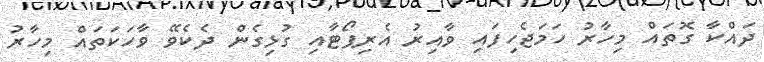
ދައްކާ ގޮތައް މިހާރު ހަމަޖެހިފައި ވާއިރު އެރިޕޯޓާއި ގުޅިގެން ދެކެވޭ ވާހަކަތައް މިހާރު